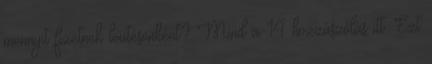
mennyit fizetnek leütésenként? Mind a 14 hozzászólás itt. Ezt